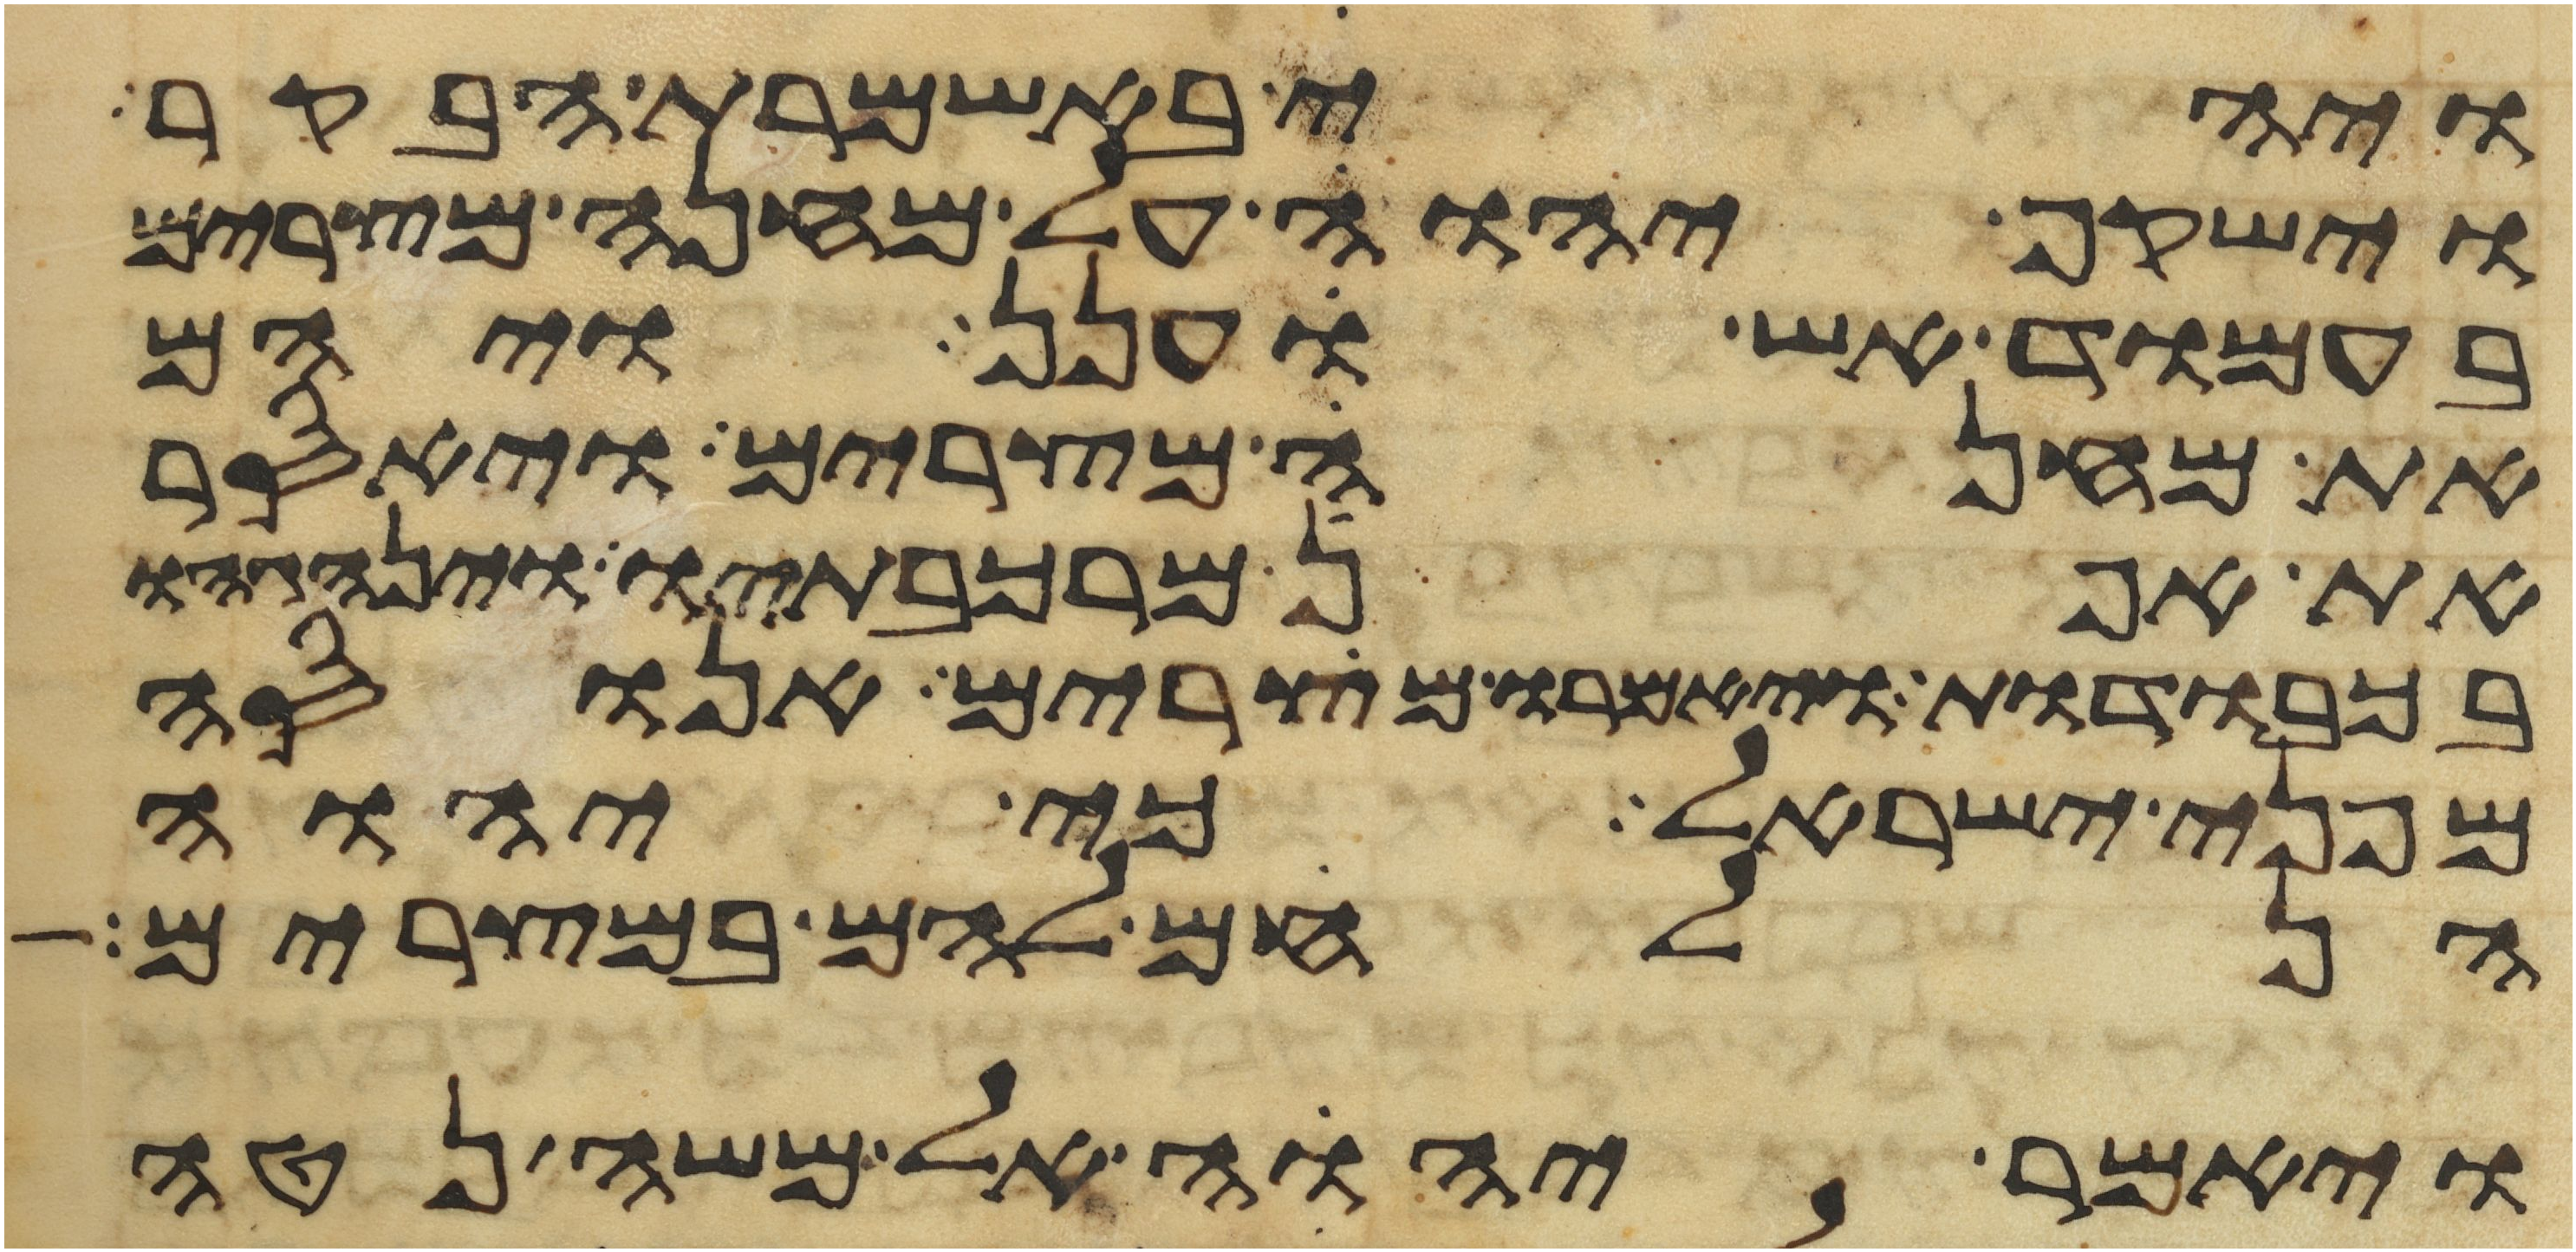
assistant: ויהי באשמרת הבקר
וישקף יהוה על מחנה מצרים
בעמוד אש וענן ויהם
את מחנה מצרים ויאסר
את אפן מרכבתיו וינהגהו
בכבודות ויאמרו מצרים אנוסה
מפני ישראל כי יהוה
הנלחם להם במצרים
ויאמר יהוה אל משה נטה